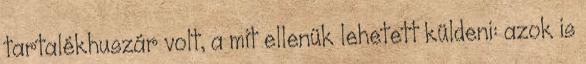
tartalékhuszár volt, a mit ellenük lehetett küldeni: azok is